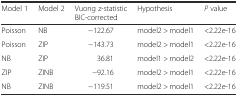
<table><thead><tr><td><b>Model 1</b></td><td><b>Model 2</b></td><td><b>Vuong z-statistic BIC-corrected</b></td><td><b>Hypothesis</b></td><td><b><i>P</i> value</b></td></tr></thead><tbody><tr><td>Poisson</td><td>NB</td><td>−122.67</td><td>model2 &gt; model1</td><td>&lt;2.22e-16</td></tr><tr><td>Poisson</td><td>ZIP</td><td>−143.73</td><td>model2 &gt; model1</td><td>&lt;2.22e-16</td></tr><tr><td>NB</td><td>ZIP</td><td>36.81</td><td>model1 &gt; model2</td><td>&lt;2.22e-16</td></tr><tr><td>ZIP</td><td>ZINB</td><td>−92.16</td><td>model2 &gt; model1</td><td>&lt;2.22e-16</td></tr><tr><td>NB</td><td>ZINB</td><td>−119.51</td><td>model2 &gt; model1</td><td>&lt;2.22e-16</td></tr></tbody></table>